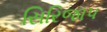
સિરિજાપ